Report of the Municipal Commissioner on the plague in Bombay for the year ending 31st May... - Volume 1
Disease focus: Plague
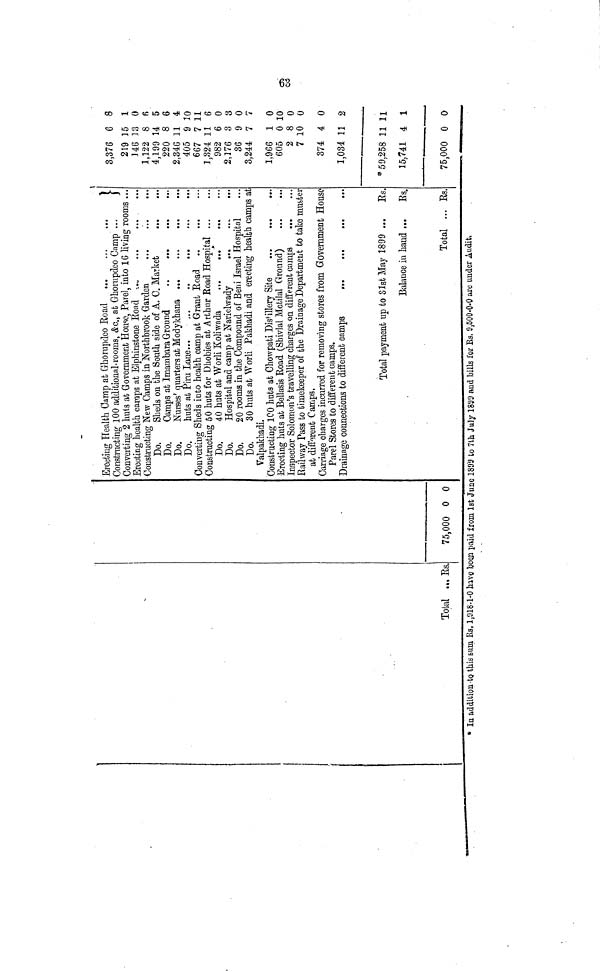
1
Total ... Es
* la addition to this sum Rs, 1,918-1-0 havç fo
1
75,000 0 0
3on paid írom 1st June
Erecting Health Camp at Ghorupdeo Boad
1
Constructing 100 additional. rooms, £0., at Ghorupdeo Camp ...
j
Converting 2 huts ab Government House, Pare!, into 16 living rooms ..
Erecting health camps at Elphinstone Eoad -..„
Constructing New Camps in Northbrook Garden
Do.
Sheds on the South side of A. 0. Market
Do.
Camps at Imambara Ground
Do.
Nurses' quarters at Modykhana
Do.
huts at Pirn Lane...
,..
..
...
Converting Sheds into health camp at Grant Eoad
Constructing 50 huts for Dhobies at Arthur Road Hospital
Do
40 huts at Worli Koliwada
..
..
.
Do.
Hospital and camp at Narielwady
Do.
20 rooms in the Compound of Ben i Israel Hospital
Do.
30 huts at Worli Pakhadi and erecting health camps at
Valpakbadi.
Constructing ICO huts at Chowpati Dis f illery Site
...
...
...
Erecting huts at Bellasis Eoad (Sbivlal Motilal Ground)
Inspector Solomon's travelling charges on different camps
Railway Pass to timekeeper of the Drainage Department to take muster
at different Camps.
Carriage cb arges incurred for removing stores from Government House
Parel Stores to different camps.
Total payment up to 31st May 1899 ...
Es.
Balance in hand ...
Es.
Total ... Es.
189'J to 7th July 18D9 and bills for Es, 9,500-0-0 are under Audit,
l
3,376 6 S
219 ]5 1
346 38 0
1,122 8 ß
4,199 U 5
220 8 6
2,340 11 4
405 9 10
667 711
v v 4
i xi
1,324 11 6
QÖO
ß A
yo¿ o u
2,176 3 3
36 9 0
3,244 7 7
1 °)ßß i n
-M «/ UU
J.
\J
605 0 10
2 8 0
7 10 0
374 4 0
1,034 11 à
* 59,258 11 11
15,741 4 1
75,000 0 0
63